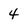
Character: 4